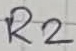
Text: R2